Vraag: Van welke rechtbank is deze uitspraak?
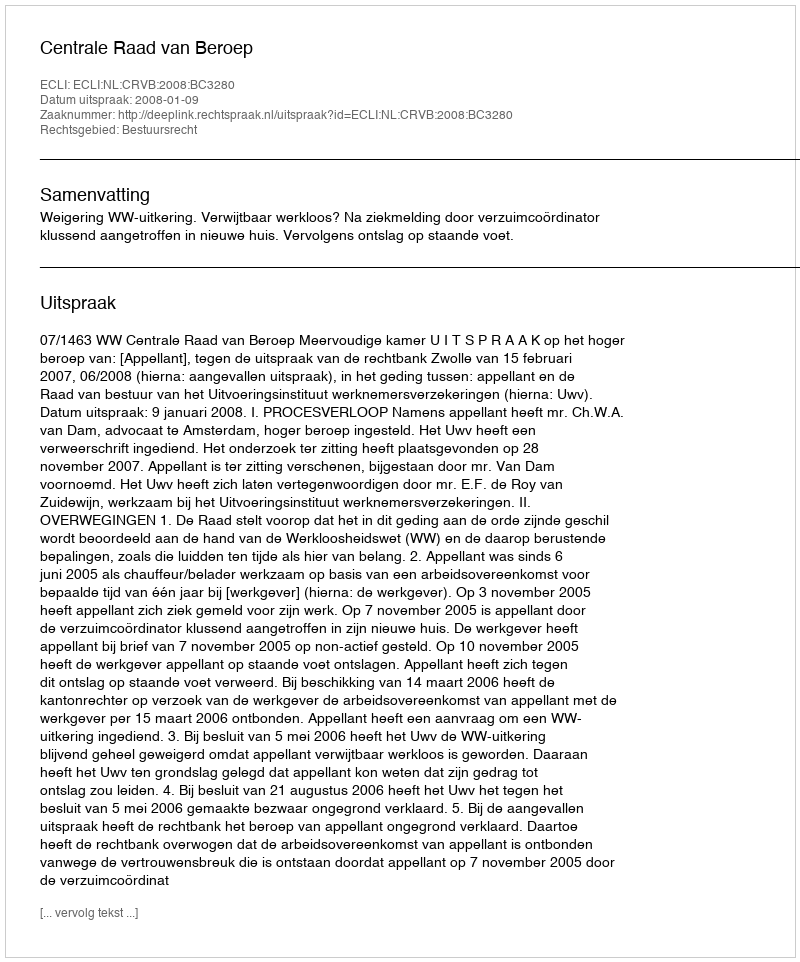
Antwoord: Centrale Raad van Beroep